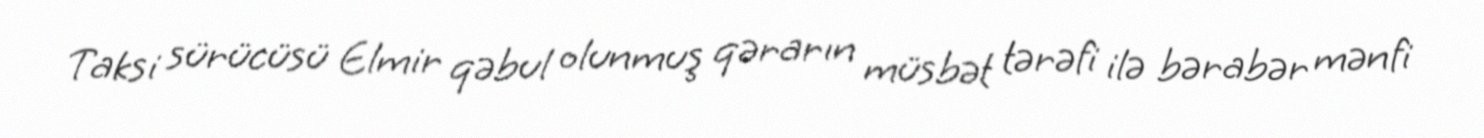
Taksi sürücüsü Elmir qəbul olunmuş qərarın müsbət tərəfi ilə bərabər mənfi